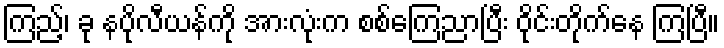
ကြည့်၊ ခု နပိုလီယန်ကို အားလုံးက စစ်ကြေညာပြီး ဝိုင်းတိုက်နေ ကြပြီ။